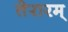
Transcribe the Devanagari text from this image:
तेरारम्‌